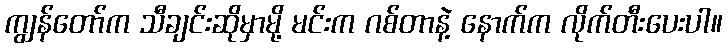
ကျွန်တော်က သီချင်းဆိုမှာမို့ မင်းက ဂစ်တာနဲ့ နောက်က လိုက်တီးပေးပါ။